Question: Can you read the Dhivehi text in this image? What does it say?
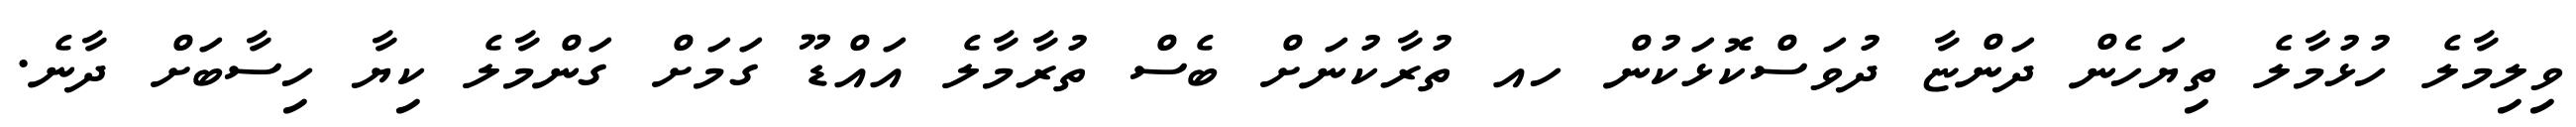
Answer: ވިލިމާލެ ހުޅުމާލެ ތިޔަހެން ދަންޏާ ދުވަސްކޮޅަކުން ހއ ތުރާކުނަށް ބެސް ތުރާމާލެ އައްޑޫ ގަމަށް ގަންމާލެ ކިޔާ ހިސާބަށް ދާނެ.